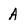
Character: A